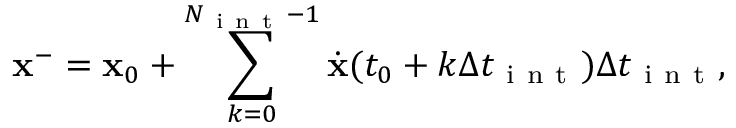
\mathbf { x } ^ { - } = \mathbf { x } _ { 0 } + \sum _ { k = 0 } ^ { N _ { \mathrm { ~ i ~ n ~ t ~ } } - 1 } \dot { \mathbf { x } } ( t _ { 0 } + k \Delta t _ { \mathrm { ~ i ~ n ~ t ~ } } ) \Delta t _ { \mathrm { ~ i ~ n ~ t ~ } } ,